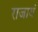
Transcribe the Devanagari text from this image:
राजायं